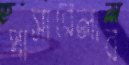
পাসারেলার